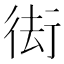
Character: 𭛰